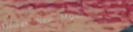
Under New Mgmt